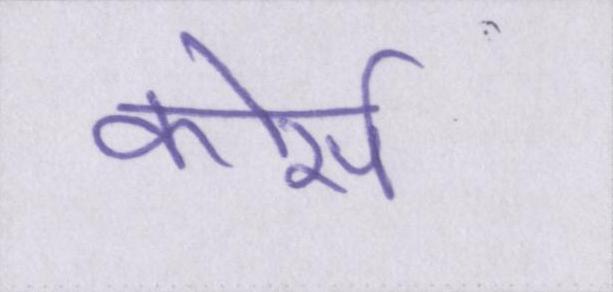
कोर्स